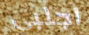
اجلبي